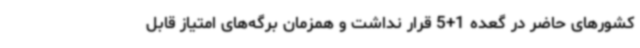
کشورهای حاضر در گعده 1+5 قرار نداشت و همزمان برگه‌های امتیاز قابل